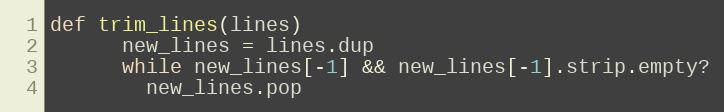
Language: Ruby
def trim_lines(lines)
      new_lines = lines.dup
      while new_lines[-1] && new_lines[-1].strip.empty?
        new_lines.pop